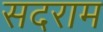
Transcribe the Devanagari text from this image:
सदराम